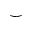
\smile